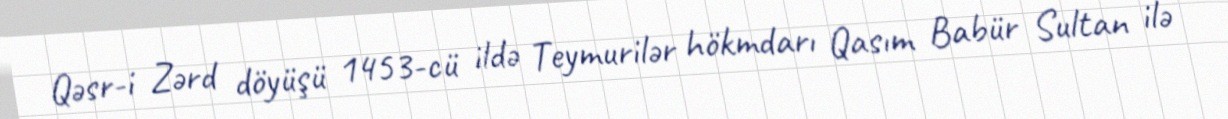
Qəsr-i Zərd döyüşü 1453-cü ildə Teymurilər hökmdarı Qasım Babür Sultan ilə